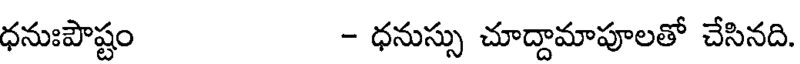
ధనుఃపౌష్టం - ధనుస్సు చూద్దామాపూలతో చేసినది.